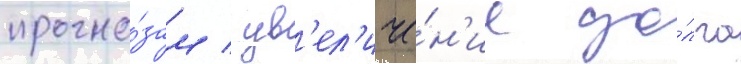
прогно́зам / ув'ел'иче́н'ие до́лга